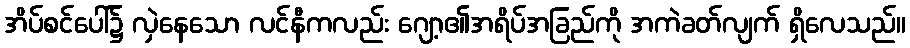
အိပ်စင်ပေါ်၌ လှဲနေသော လင်နီကလည်း ဂျော့၏အရိပ်အခြည်ကို အကဲခတ်လျက် ရှိလေသည်။